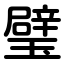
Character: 璧